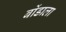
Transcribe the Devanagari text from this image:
बोंडाला